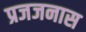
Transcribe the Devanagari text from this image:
प्रजजनास